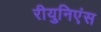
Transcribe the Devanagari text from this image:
रीयुनिएंस